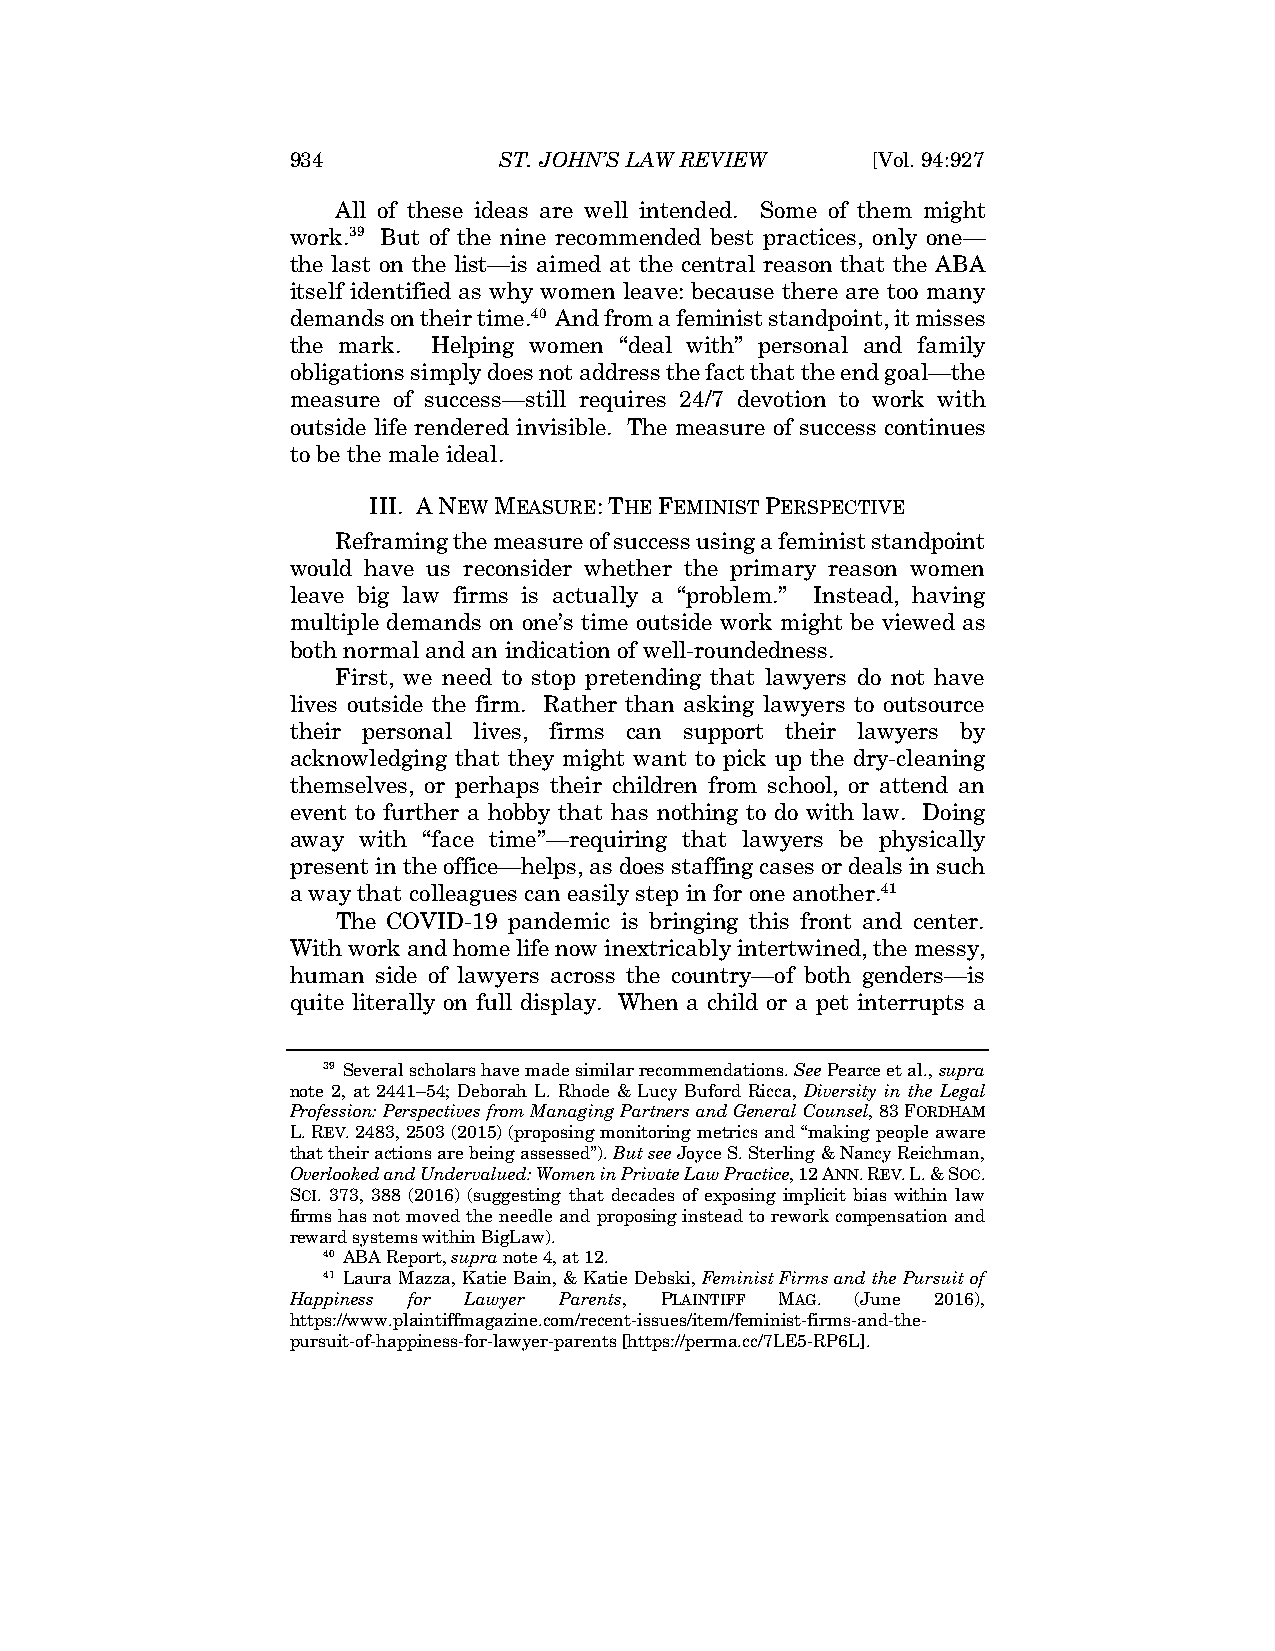
934           ST. JOHN’S LAW REVIEW    [Vol. 94:927
 All of these ideas are well intended. Some of them might
 work.39 But of the nine recommended best practices, only one—
 the last on the list—is aimed at the central reason that the ABA
 itself identified as why women leave: because there are too many
 demands on their time.40 And from a feminist standpoint, it misses
 the mark. Helping women “deal with” personal and family
 obligations simply does not address the fact that the end goal—the
 measure of success—still requires 24/7 devotion to work with
 outside life rendered invisible. The measure of success continues
 to be the male ideal.
 III. A NEW MEASURE: THE FEMINIST PERSPECTIVE
 Reframing the measure of success using a feminist standpoint
 would have us reconsider whether the primary reason women
 leave big law firms is actually a “problem.” Instead, having
 multiple demands on one’s time outside work might be viewed as
 both normal and an indication of well-roundedness.
 First, we need to stop pretending that lawyers do not have
 lives outside the firm. Rather than asking lawyers to outsource
 their personal lives, firms can support their lawyers by
 acknowledging that they might want to pick up the dry-cleaning
 themselves, or perhaps their children from school, or attend an
 event to further a hobby that has nothing to do with law. Doing
 away with “face time”—requiring that lawyers be physically
 present in the office—helps, as does staffing cases or deals in such
 a way that colleagues can easily step in for one another.41
 The COVID-19 pandemic is bringing this front and center.
 With work and home life now inextricably intertwined, the messy,
 human side of lawyers across the country—of both genders—is
 quite literally on full display. When a child or a pet interrupts a
 39 Several scholars have made similar recommendations. See Pearce et al., supra
 note 2, at 2441–54; Deborah L. Rhode & Lucy Buford Ricca, Diversity in the Legal
 Profession: Perspectives from Managing Partners and General Counsel, 83 FORDHAM
 L. REV. 2483, 2503 (2015) (proposing monitoring metrics and “making people aware
 that their actions are being assessed”). But see Joyce S. Sterling & Nancy Reichman,
 Overlooked and Undervalued: Women in Private Law Practice, 12 ANN. REV. L. & SOC.
 SCI. 373, 388 (2016) (suggesting that decades of exposing implicit bias within law
 firms has not moved the needle and proposing instead to rework compensation and
 reward systems within BigLaw).
 40 ABA Report, supra note 4, at 12.
 41 Laura Mazza, Katie Bain, & Katie Debski, Feminist Firms and the Pursuit of
 Happiness for Lawyer Parents, PLAINTIFF MAG. (June 2016),
 https://www.plaintiffmagazine.com/recent-issues/item/feminist-firms-and-the-
 pursuit-of-happiness-for-lawyer-parents [https://perma.cc/7LE5-RP6L].